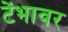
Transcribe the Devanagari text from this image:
टेंभावर